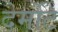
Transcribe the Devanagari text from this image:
देर्मोट